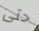
حتى